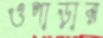
ওপাড়ার